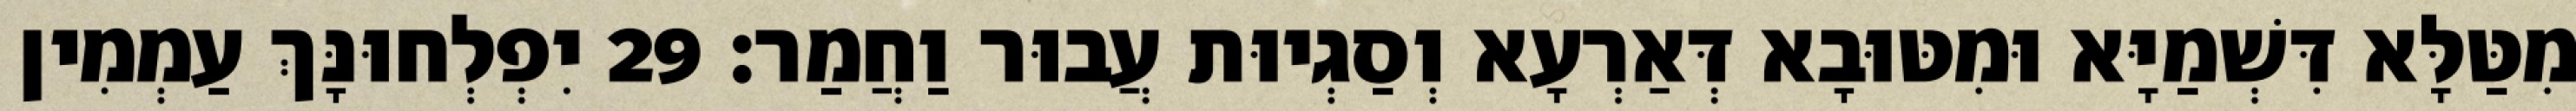
מִטַּלָּא דִּשְׁמַיָּא וּמִטּוּבָא דְּאַרְעָא וְסַגְיוּת עֲבוּר וַחֲמַר׃ 29 יִפְלְחוּנָּךְ עַמְמִין